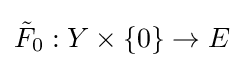
{\tilde {F}}_{0}:Y\times \{0\}\rightarrow E